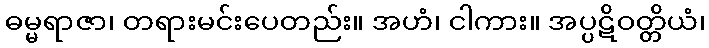
ဓမ္မရာဇာ၊ တရားမင်းပေတည်း။ အဟံ၊ ငါကား။ အပ္ပဋိဝတ္တိယံ၊